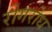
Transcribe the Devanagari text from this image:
रोगरोध